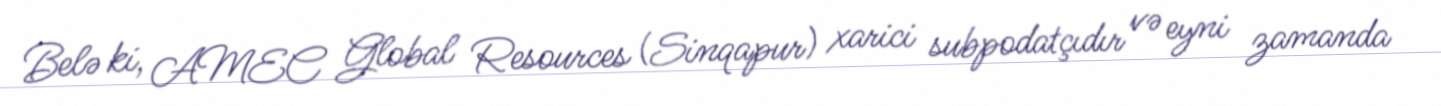
Belə ki, AMEC Global Resources (Sinqapur) xarici subpodatçıdır və eyni zamanda